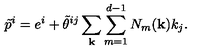
\tilde { p } ^ { i } = e ^ { i } + \tilde { \theta } ^ { i j } \sum _ { \bf k } \sum _ { m = 1 } ^ { d - 1 } N _ { m } ( { \bf k } ) k _ { j } .